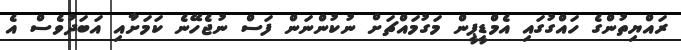
ރައްޔިތުންގެ ހައްގުގައި އެމްޑީޕީން މަގުމައްޗަށް ނުކުންނަން ފަސް ނުޖެހޭނެ ކަމަށާއި އަބަދުވެސް އެ